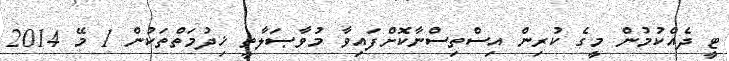
ޓީ ދެއްކުމުން މީގެ ކުރިން އިސްތިސްނާކޮށްފައިވާ މުވާޞަލާތީ ޚިދުމަތްތަކުން 1 މޭ 2014